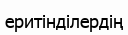
еритінділердің